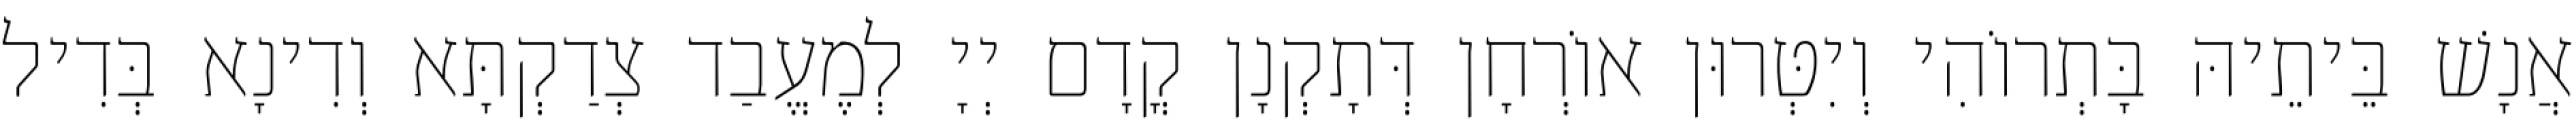
אֲנָשׁ בֵּיתֵיהּ בָּתְרוֹהִי וְיִטְּרוּן אוֹרְחָן דְּתָקְנָן קֳדָם יְיָ לְמֶעֱבַד צְדַקְתָּא וְדִינָא בְּדִיל